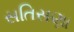
સતિસણા